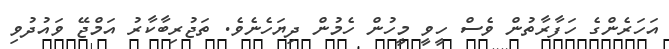
އަހަރެންގެ ހަފާރާތުން ވެސް ހީވީ މީހުން ހެމުން ދިޔަހެނެވެ. ތަޖުރިބާކާރު އަމްޖޭ ވައުދުވި